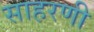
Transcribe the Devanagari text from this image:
साहरणी